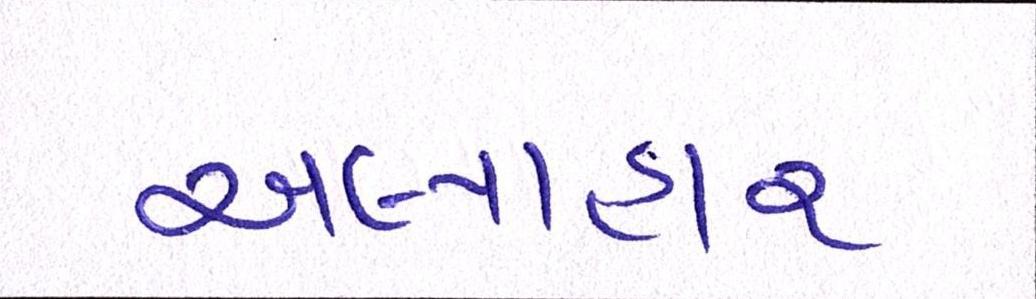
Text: અલ્પાહાર